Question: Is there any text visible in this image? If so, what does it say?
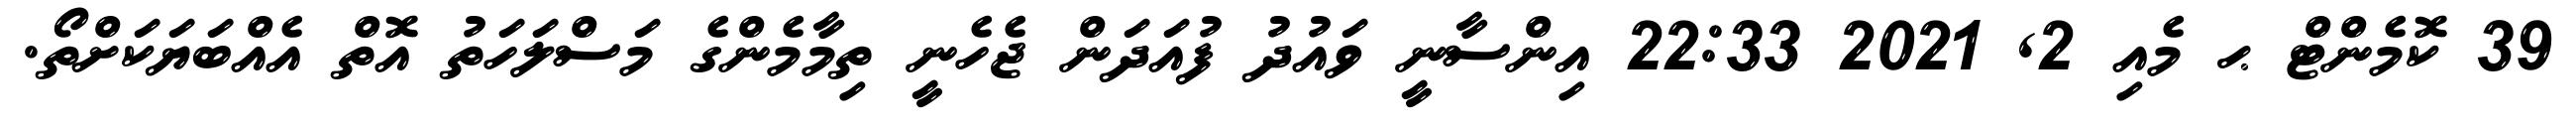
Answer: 39 ކޮމެންޓް ޙ މެއި 2, 2021 22:33 އިންސާނީ ވައުދު ފުއަދަން ޖެހެނީ ތިމާމެންގެ މަސްލަހަތު އޮތް އެއްބަޔަކަށްތޯ.